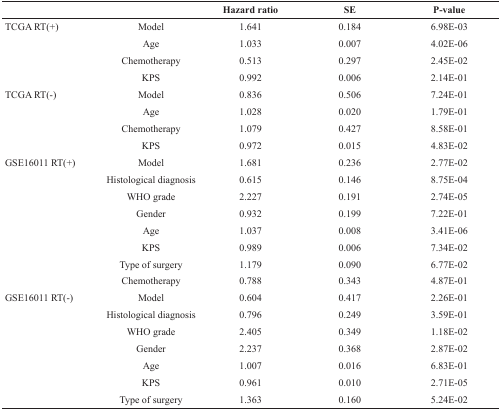
|  |  | Hazard ratio | SE | P-value |
 | --- | --- | --- | --- | --- |
 | TCGA RT(+) | Model | 1.641 | 0.184 | 6.98E-03 |
 |  | Age | 1.033 | 0.007 | 4.02E-06 |
 |  | Chemotherapy | 0.513 | 0.297 | 2.45E-02 |
 |  | KPS | 0.992 | 0.006 | 2.14E-01 |
 | TCGA RT(-) | Model | 0.836 | 0.506 | 7.24E-01 |
 |  | Age | 1.028 | 0.020 | 1.79E-01 |
 |  | Chemotherapy | 1.079 | 0.427 | 8.58E-01 |
 |  | KPS | 0.972 | 0.015 | 4.83E-02 |
 | GSE16011 RT(+) | Model | 1.681 | 0.236 | 2.77E-02 |
 |  | Histological diagnosis | 0.615 | 0.146 | 8.75E-04 |
 |  | WHO grade | 2.227 | 0.191 | 2.74E-05 |
 |  | Gender | 0.932 | 0.199 | 7.22E-01 |
 |  | Age | 1.037 | 0.008 | 3.41E-06 |
 |  | KPS | 0.989 | 0.006 | 7.34E-02 |
 |  | Type of surgery | 1.179 | 0.090 | 6.77E-02 |
 |  | Chemotherapy | 0.788 | 0.343 | 4.87E-01 |
 | GSE16011 RT(-) | Model | 0.604 | 0.417 | 2.26E-01 |
 |  | Histological diagnosis | 0.796 | 0.249 | 3.59E-01 |
 |  | WHO grade | 2.405 | 0.349 | 1.18E-02 |
 |  | Gender | 2.237 | 0.368 | 2.87E-02 |
 |  | Age | 1.007 | 0.016 | 6.83E-01 |
 |  | KPS | 0.961 | 0.010 | 2.71E-05 |
 |  | Type of surgery | 1.363 | 0.160 | 5.24E-02 |